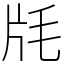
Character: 㲏